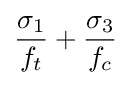
{\frac {\sigma _{1}}{f_{t}}}+{\frac {\sigma _{3}}{f_{c}}}